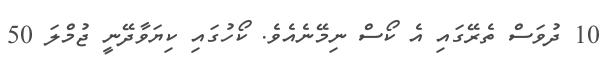
10 ދުވަސް ތެރޭގައި އެ ކޯސް ނިމޭނެއެވެ. ކޯހުގައި ކިޔަވާދޭނީ ޖުމްލަ 50